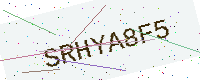
Text: SRHYA8F5